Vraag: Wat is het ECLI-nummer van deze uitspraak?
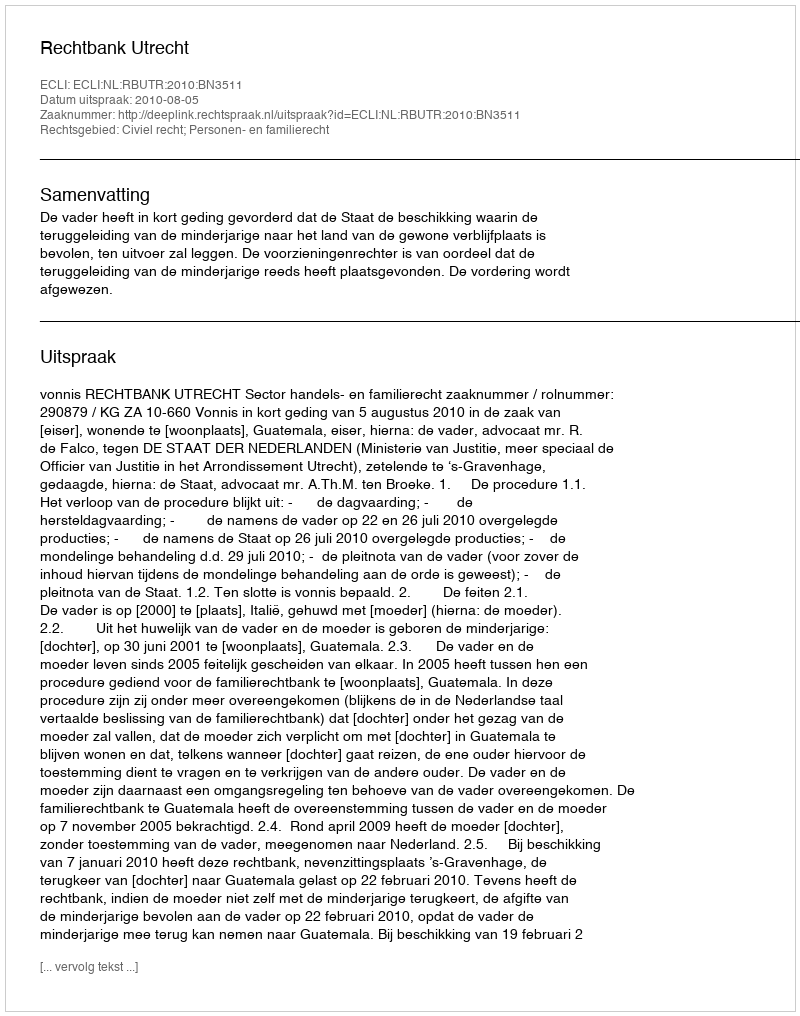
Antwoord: ECLI:NL:RBUTR:2010:BN3511